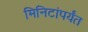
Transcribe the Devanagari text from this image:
मिनिटांपर्यंत